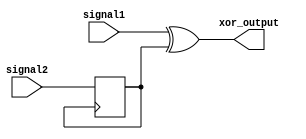
module Timing_control_and_synchronization_block(
    input wire signal1,
    input wire signal2,
    output reg xor_output
);

reg delayed_signal2;

// Implement delay using flip-flop
initial begin
    delayed_signal2 <= 1'b0;
end

always @(posedge delayed_signal2) begin
    delayed_signal2 <= signal2;
end

assign xor_output = signal1 ^ delayed_signal2;

endmodule